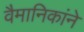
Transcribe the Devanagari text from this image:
वैमानिकांने